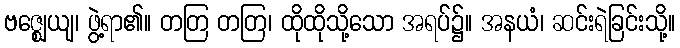
ဗဇ္ဈေယျ၊ ဖွဲ့ရာ၏။ တတြ တတြ၊ ထိုထိုသို့သော အရပ်၌။ အနယံ၊ ဆင်းရဲခြင်းသို့။